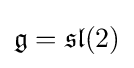
{\mathfrak {g}}={\mathfrak {sl}}(2)